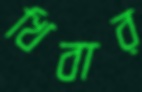
খিবার